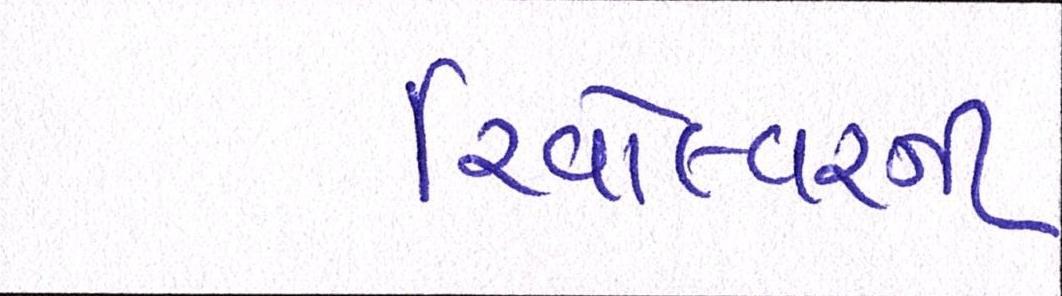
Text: રિવોલ્વરની